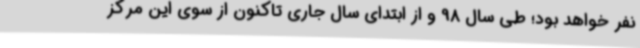
نفر خواهد بود؛ طی سال 98 و از ابتدای سال‌ جاری تاکنون از سوی این مرکز